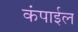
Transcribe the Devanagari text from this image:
कंपाईल